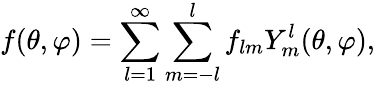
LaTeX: f(\theta,\varphi)=\sum_{l=1}^{\infty}\sum_{m=-l}^{l}f_{lm}Y_{m}^{l}(\theta,\varphi),